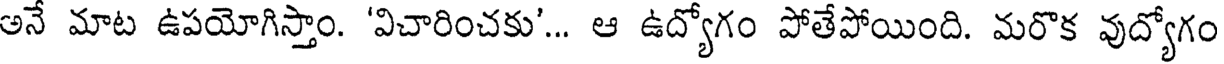
అనే మాట ఉపయోగిస్తాం. 'విచారించకు'... ఆ ఉద్యోగం పోతేపోయింది. మరొక వుద్యోగం